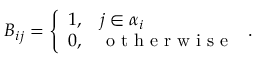
B _ { i j } = \left\{ \begin{array} { c l } { 1 , } & { j \in { \alpha _ { i } } } \\ { 0 , } & { \mathrm { ~ o ~ t ~ h ~ e ~ r ~ w ~ i ~ s ~ e ~ } } \end{array} \right. .